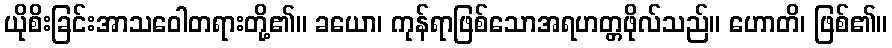
ယိုစိးခြင်းအာသဝေါတရားတို့၏။ ခယော၊ ကုန်ရာဖြစ်သောအရဟတ္တဖိုလ်သည်။ ဟောတိ၊ ဖြစ်၏။